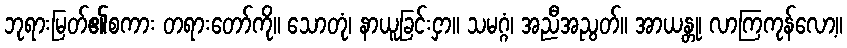
ဘုရားမြတ်၏စကား တရားတော်ကို။ သောတုံ၊ နာယူခြင်းငှာ။ သမဂ္ဂံ၊ အညီအညွတ်။ အာယန္တု၊ လာကြကုန်လော့။